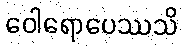
ဝေါရောပေဿသိ